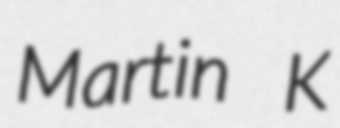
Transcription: Martin K